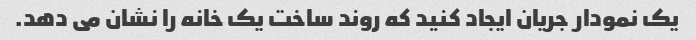
یک نمودار جریان ایجاد کنید که روند ساخت یک خانه را نشان می دهد.